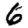
Digit: 6